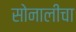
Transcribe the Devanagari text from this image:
सोनालीचा